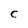
Character: c